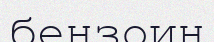
бензоин